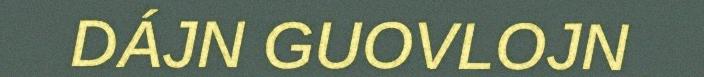
DÁJN GUOVLOJN